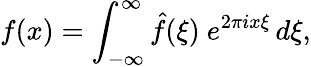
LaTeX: f(x)=\int_{-\infty}^{\infty}{\hat{f}}(\xi)\ e^{2\pi ix\xi}\, d\xi,